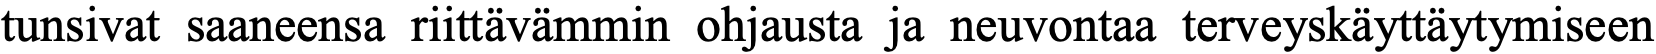
tunsivat saaneensa riittävämmin ohjausta ja neuvontaa terveyskäyttäytymiseen